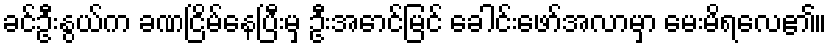
ခင်ဦးနွယ်က ခဏငြိမ်နေပြီးမှ ဦးအောင်မြင် ခေါင်းဖော်အလာမှာ မေးမိရလေ၏။